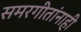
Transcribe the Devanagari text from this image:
समरगीतांनाही